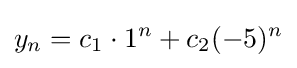
y_{n}=c_{1}\cdot 1^{n}+c_{2}(-5)^{n}